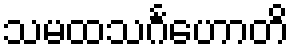
သမထသင်္ဂဟောတိ